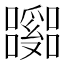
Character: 𡄹